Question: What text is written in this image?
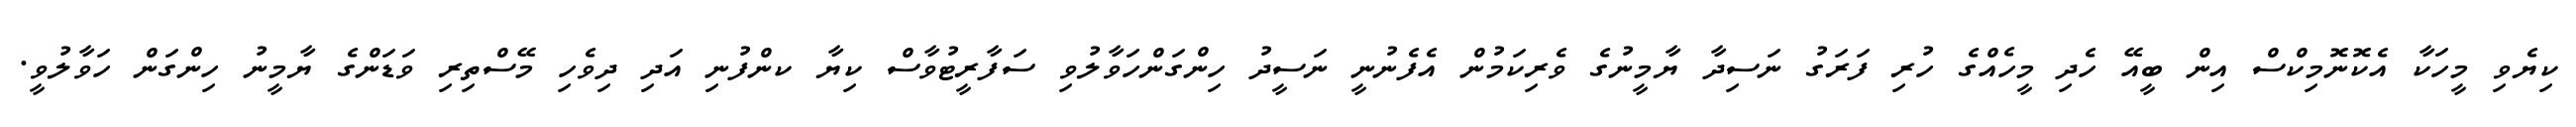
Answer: ކިޔެވި މީހަކާ އެކޮނޮމިކްސް އިން ބީއޭ ހެދި މީހެއްގެ ހުރި ފަރަގު ނަސިދާ ޔާމީނުގެ ވެރިކަމުން އެފެނުނީ ނަސީދު ހިންގަންހަވާލުވި ސަފާރީޓުވާސް ކިޔާ ކންފުނި އަދި ދިވެހި މޭސްތިރި ވަޑަންގެ ޔާމީނު ހިންގަން ހަވާލުވީ.